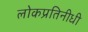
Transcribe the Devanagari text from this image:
लोकप्रतिनीधी